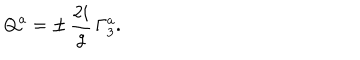
Q ^ { a } = \pm \, { \frac { 2 i } { g } } \, \Gamma _ { 3 } ^ { a } .